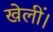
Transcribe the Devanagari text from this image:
खेलीं।